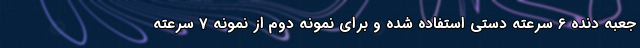
جعبه دنده 6 سرعته دستی استفاده شده و برای نمونه دوم از نمونه 7 سرعته